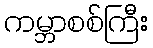
ကမ္ဘာစစ်ကြီး